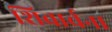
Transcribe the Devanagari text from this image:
शिवार्चना